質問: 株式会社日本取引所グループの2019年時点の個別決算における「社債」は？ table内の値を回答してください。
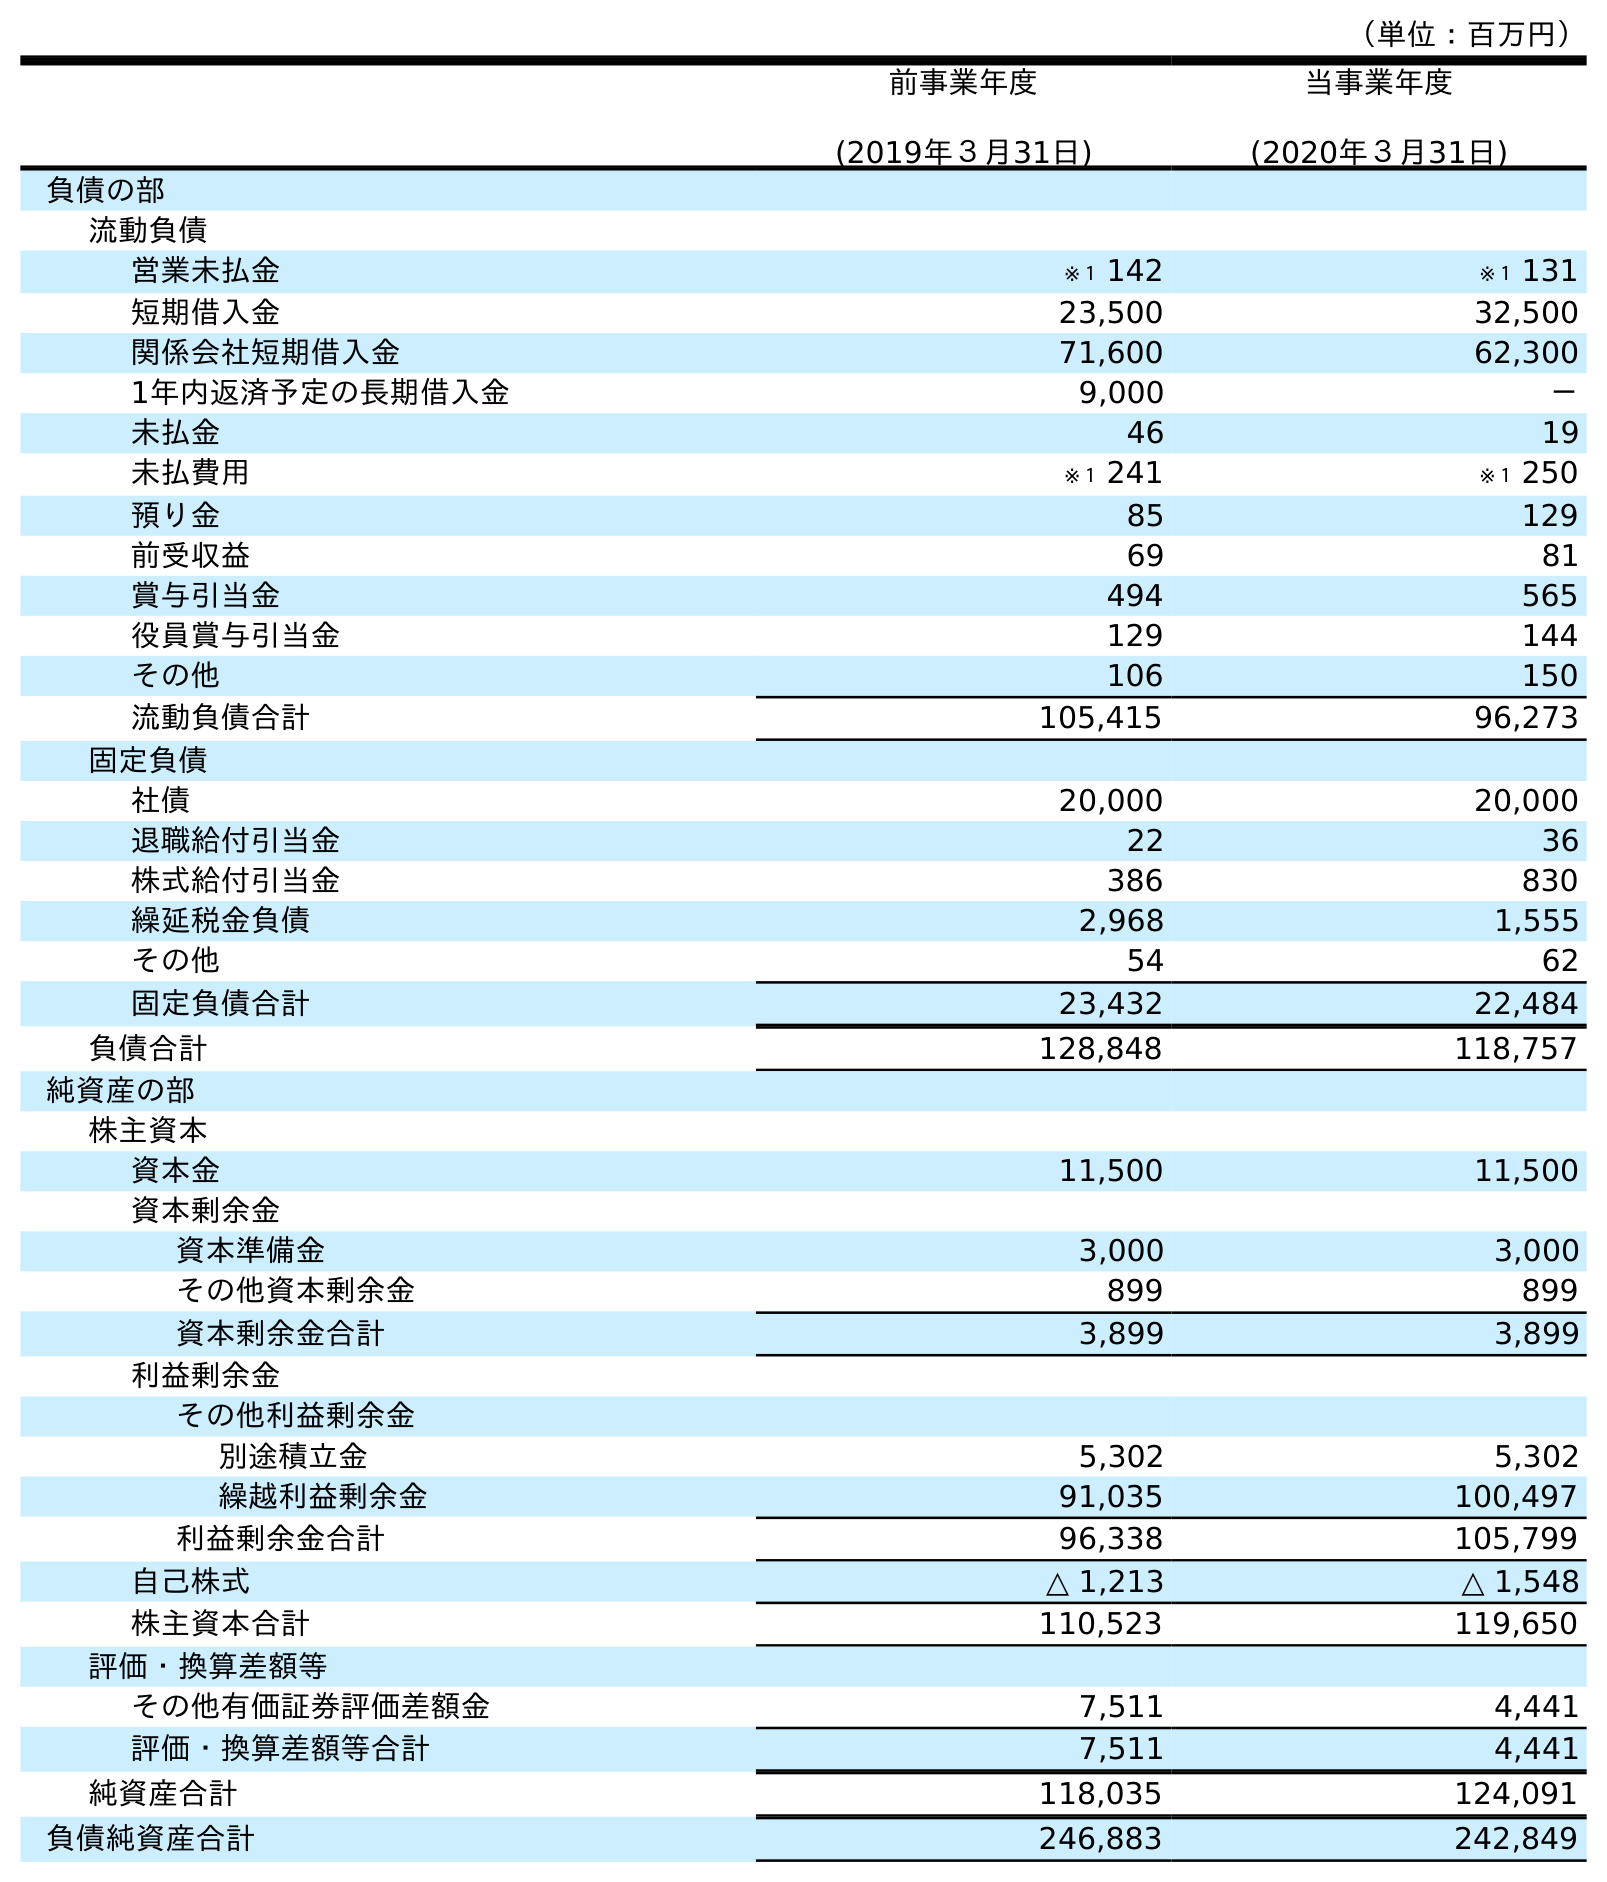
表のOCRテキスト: （単位：百万円） 前事業年度 (2019年３月31日) 当事業年度 (2020年３月31日) 負債の部 流動負債 営業未払金 ※１ 142 ※１ 131 短期借入金 23,500 32,500 関係会社短期借入金 71,600 62,300 1年内返済予定の長期借入金 9,000 － 未払金 46 19 未払費用 ※１ 241 ※１ 250 預り金 85 129 前受収益 69 81 賞与引当金 494 565 役員賞与引当金 129 144 その他 106 150 流動負債合計 105,415 96,273 固定負債 社債 20,000 20,000 退職給付引当金 22 36 株式給付引当金 386 830 繰延税金負債 2,968 1,555 その他 54 62 固定負債合計 23,432 22,484 負債合計 128,848 118,757 純資産の部 株主資本 資本金 11,500 11,500 資本剰余金 資本準備金 3,000 3,000 その他資本剰余金 899 899 資本剰余金合計 3,899 3,899 利益剰余金 その他利益剰余金 別途積立金 5,302 5,302 繰越利益剰余金 91,035 100,497 利益剰余金合計 96,338 105,799 自己株式 △ 1,213 △ 1,548 株主資本合計 110,523 119,650 評価・換算差額等 その他有価証券評価差額金 7,511 4,441 評価・換算差額等合計 7,511 4,441 純資産合計 118,035 124,091 負債純資産合計 246,883 242,849
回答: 20,000